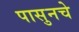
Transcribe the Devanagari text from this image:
पासुनचे